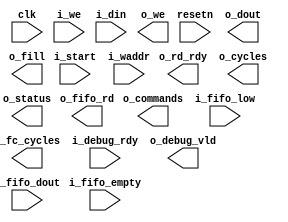
/*******************************************************************************
    Verilog netlist generated by IPGEN Radiant
    Soft IP Version: 1.1.0.3
    Tue Sep 11 16:45:38 2018
*******************************************************************************/
/*******************************************************************************
    Wrapper Module generated per user settings.
*******************************************************************************/
module lsc_ml_ice40_cnn (clk, resetn, o_rd_rdy, i_start, i_we, i_waddr, i_din,
    o_we, o_dout, o_cycles, o_commands, o_fc_cycles, i_debug_rdy, o_debug_vld,
    o_fill, i_fifo_empty, i_fifo_low, o_fifo_rd, i_fifo_dout, o_status)/* synthesis syn_black_box syn_declare_black_box=1 */;
    input  clk;
    input  resetn;
    output  o_rd_rdy;
    input  i_start;
    input  i_we;
    input  [15:0]  i_waddr;
    input  [15:0]  i_din;
    output  o_we;
    output  [15:0]  o_dout;
    output  [31:0]  o_cycles;
    output  [31:0]  o_commands;
    output  [31:0]  o_fc_cycles;
    input  i_debug_rdy;
    output  o_debug_vld;
    output  o_fill;
    input  i_fifo_empty;
    input  i_fifo_low;
    output  o_fifo_rd;
    input  [31:0]  i_fifo_dout;
    output  [7:0]  o_status;
endmodule